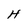
Character: H